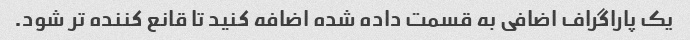
یک پاراگراف اضافی به قسمت داده شده اضافه کنید تا قانع کننده تر شود.